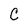
Character: C